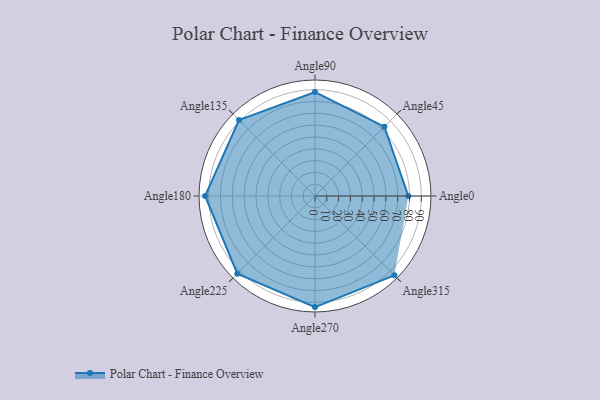
{"axis": {"x": "Angle", "y": "Radius"}, "legend": [""], "data": [{"x": "Angle0", "y": 79.0, "type": ""}, {"x": "Angle45", "y": 83.0, "type": ""}, {"x": "Angle90", "y": 88.0, "type": ""}, {"x": "Angle135", "y": 91.0, "type": ""}, {"x": "Angle180", "y": 93.0, "type": ""}, {"x": "Angle225", "y": 93.0, "type": ""}, {"x": "Angle270", "y": 94.0, "type": ""}, {"x": "Angle315", "y": 95.0, "type": ""}]}